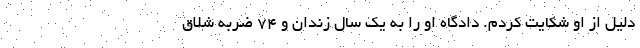
دلیل از او شکایت کردم. دادگاه او را به یک سال زندان و ۷۴ ضربه شلاق